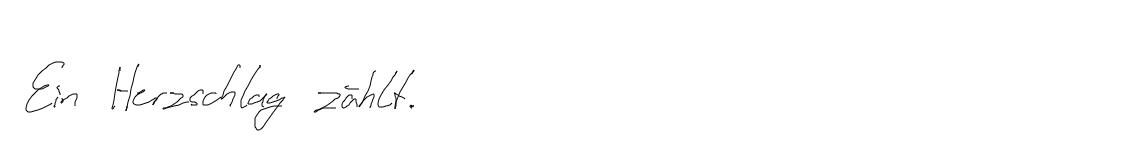
Ein Herzschlag zählt.